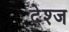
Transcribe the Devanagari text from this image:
देश्ज